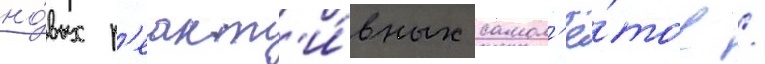
но́вых р'еакт'и́вных самол'ё́тов /